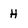
Character: H